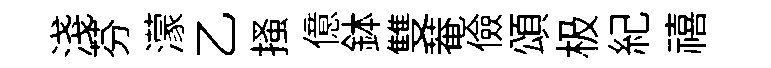
淺芬濛乙搔億鉢雙菴儉頌极紀禧